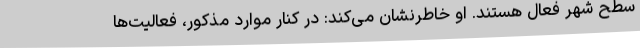
سطح شهر فعال هستند. او خاطرنشان می‌کند: در کنار موارد مذکور، فعالیت‌ها